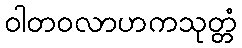
ဝါတဝလာဟကသုတ္တံ